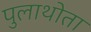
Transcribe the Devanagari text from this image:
पुलाथोता